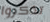
تذكروا